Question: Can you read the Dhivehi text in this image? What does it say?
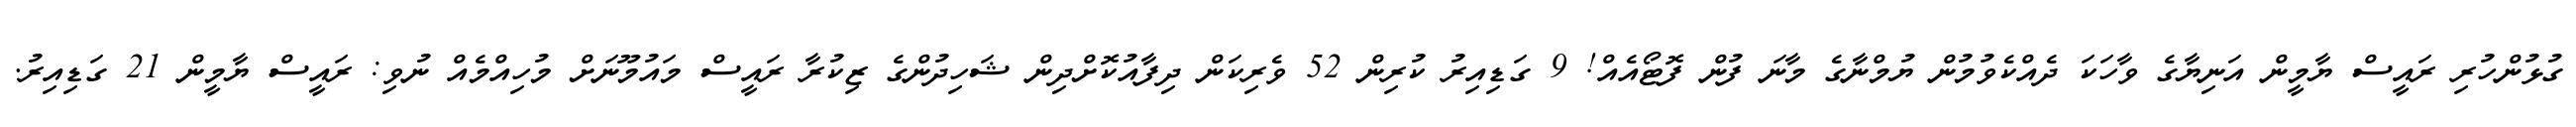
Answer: ގުޅުންހުރި ރައީސް ޔާމީން އަނިޔާގެ ވާހަކަ ދެއްކެވުމުން ޔުމްނާގެ މާނަ ފުން ފޮޓޯއެއް! 9 ގަޑިއިރު ކުރިން 52 ވެރިކަން ދިފާއުކޮށްދިން ޝަހިދުންގެ ޒިކުރާ ރައީސް މައުމޫނަށް މުހިއްމެއް ނުވި: ރައީސް ޔާމީން 21 ގަޑިއިރު.